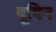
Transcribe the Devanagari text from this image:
यूषिन